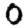
Digit: 0